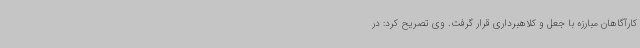
کارآگاهان مبارزه با جعل و کلاهبرداری قرار گرفت. وی تصریح کرد: در